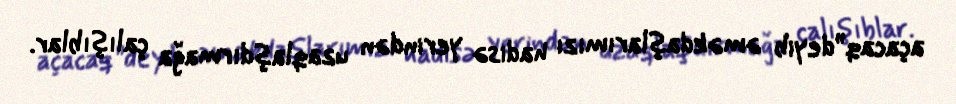
açacaq”deyib əməkdaşlarımızı hadisə yerindən uzaqlaşdırmağa çalışıblar.